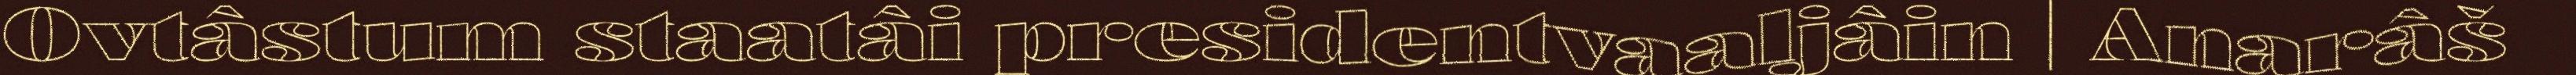
Ovtâstum staatâi presidentvaaljâin | Anarâš